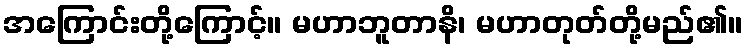
အကြောင်းတို့ကြောင့်။ မဟာဘူတာနိ၊ မဟာတုတ်တို့မည်၏။